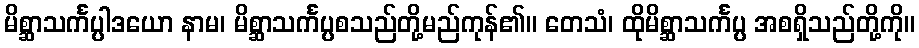
မိစ္ဆာသင်္ကပ္ပါဒယော နာမ၊ မိစ္ဆာသင်္ကပ္ပစသည်တို့မည်ကုန်၏။ တေသံ၊ ထိုမိစ္ဆာသင်္ကပ္ပ အစရှိသည်တို့ကို။